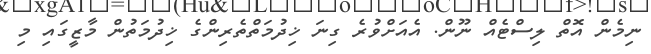
ނިމެން އޮތް ލިސްޓެއް ނޫން. އެއަށްވުރެ ގިނަ ޚިދުމަތްތެރިންގެ ޚިދުމަތުން މާޒީގައި މި